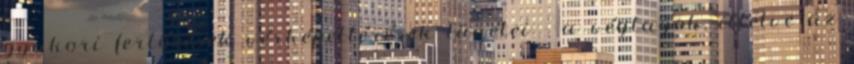
gyakori fertőzések vérképeltérések tünetei - a végtagok, illetve az